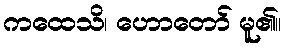
ကထေသိ၊ ဟောတော် မူ၏။